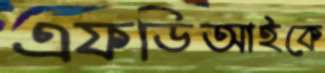
এফডিআইকে